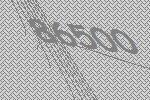
86500